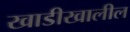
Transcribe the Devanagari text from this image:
खाडीखालील